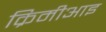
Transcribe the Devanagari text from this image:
क्रिमीआइ